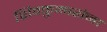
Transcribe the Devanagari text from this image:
शिवकुमारांना